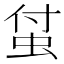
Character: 𧊆